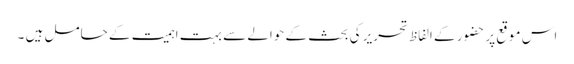
اس موقع پر حضور کے الفاظ تحریر کی بحث کے حوالے سے بہت اہمیت کے حامل ہیں ۔